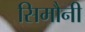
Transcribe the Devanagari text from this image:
सिमौनी